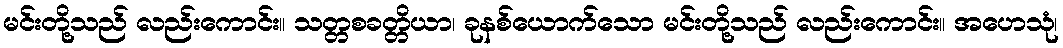
မင်းတို့သည် လည်းကောင်း။ သတ္တစခတ္တိယာ၊ ခုနစ်ယောက်သော မင်းတို့သည် လည်းကောင်း။ အဟေသုံ၊